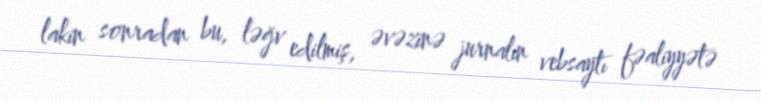
lakin sonradan bu, ləğv edilmiş, əvəzinə jurnalın vebsaytı fəaliyyətə